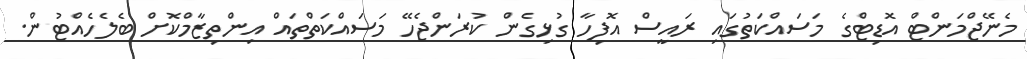
މެނޭޖްމަންޓް އޮޑިޓްގެ މަސައްކަތުގައި ރައީސް އޮފިހާ ގުޅިގެން ކުރަންޖެހޭ މަސައްކަތްތައް އިންތިޒާމްކޮށް ބެލެހެއްޓުން.